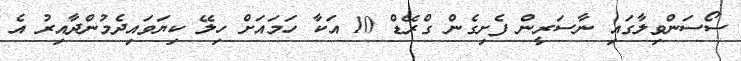
ސޯސަންވިލާގައި ނާސަރީން ފެށިގެން ގްރޭޑް 10 އަކާ ހަމައަށް ހިލޭ ކިޔަވައިދެމުންދާއިރު އެ